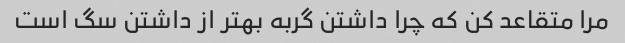
مرا متقاعد کن که چرا داشتن گربه بهتر از داشتن سگ است